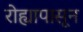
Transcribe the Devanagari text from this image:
रोह्यापासून